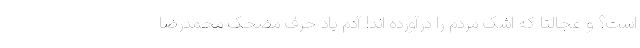
است؟ و عجالتاً که اشک مردم را درآورده اند! آدم یاد حرف مضحک محمدرضا